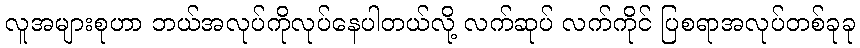
လူအများစုဟာ ဘယ်အလုပ်ကိုလုပ်နေပါတယ်လို့ လက်ဆုပ် လက်ကိုင် ပြစရာအလုပ်တစ်ခုခု